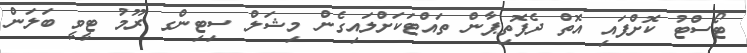
ޓޯސްޓު ކޮށްފައި އޮތް ދެފޮތިޕާން ތައްޓަކަށްލައިގެން މިޝަލް ސިޓިންގ ރޫމު ޓީވީ ބަލަން